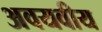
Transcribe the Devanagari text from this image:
अवयवीय